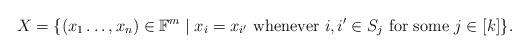
LaTeX: \begin{align*}X=\{(x_1\ldots, x_n)\in \Bbb{F}^m\mid x_i=x_{i'} {\rm ~whenever~} i,i'\in S_j {\rm ~for ~some~} j\in [k] \}.\end{align*}